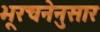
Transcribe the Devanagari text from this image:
भूरचनेनुसार